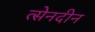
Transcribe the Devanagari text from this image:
त्सेनदीन